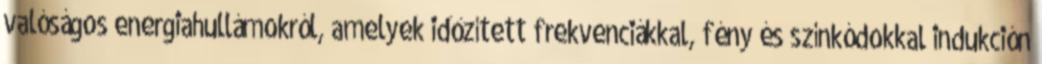
valóságos energiahullámokról, amelyek időzített frekvenciákkal, fény és színkódokkal indukción